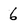
Character: 6